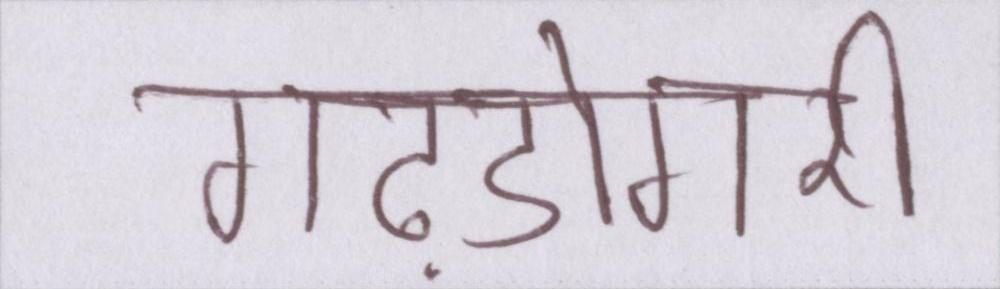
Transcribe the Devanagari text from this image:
गढ़डोंगरी